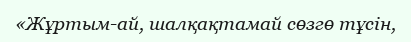
«Жұртым-ай, шалқақтамай сөзгө тұсін,